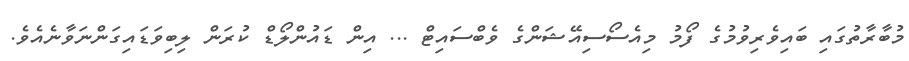
މުބާރާތުގައި ބައިވެރިވުމުގެ ފޯމު މިއެސޯސިއޭޝަންގެ ވެބްސައިޓް ... އިން ޑައުންލޯޑް ކުރަން ލިބިވަޑައިގަންނަވާނެއެވެ.